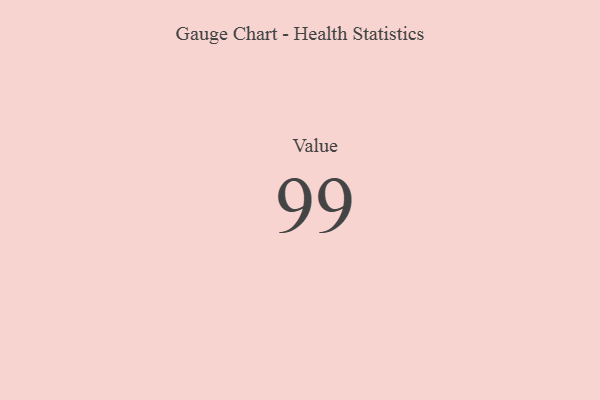
{"axis": {"x": "Metric", "y": "Value"}, "legend": [""], "data": [{"x": "Value", "y": 99, "type": ""}]}